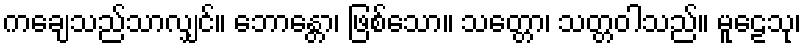
ကချေသည်သာလျှင်။ ဘောန္တော၊ ဖြစ်သော။ သတ္တော၊ သတ္တဝါသည်။ မူဠေသု၊